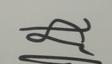
Signature authenticity: genuine